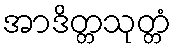
အာဒိတ္တသုတ္တံ